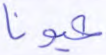
عيونا